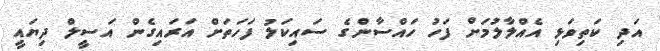
އަދި ކަތިވަޅި އެއްލާލުމަށް ފަހު ހައްސާންގެ ސައިކަލު ފަހަތަށް އަރައިގެން އަސީލް ދިޔައީ